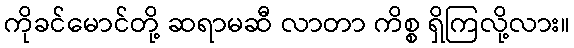
ကိုခင်မောင်တို့ ဆရာမဆီ လာတာ ကိစ္စ ရှိကြလို့လား။